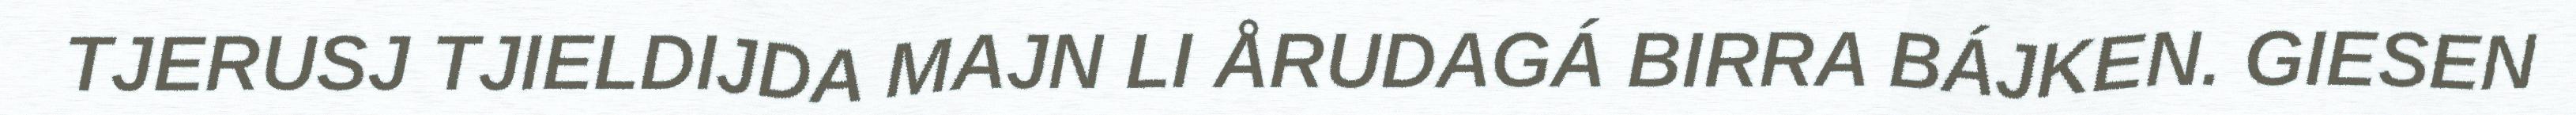
TJERUSJ TJIELDIJDA MAJN LI ÅRUDAGÁ BIRRA BÁJKEN. GIESEN